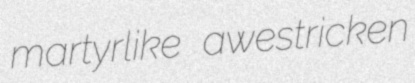
martyrlike awestricken